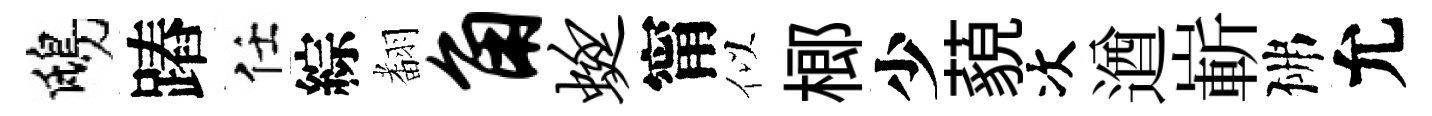
鴟蹖任綜𮋒角蜓甯似榔少藐次遒嶄佛允